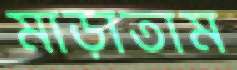
মাড়াতাম